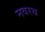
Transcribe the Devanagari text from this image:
नवरथ